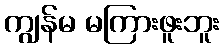
ကျွန်မ မကြားဖူးဘူး